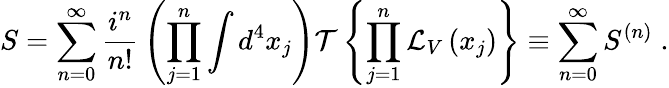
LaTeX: S=\sum_{n=0}^{\infty}{\frac{i^{n}}{n!}}\left(\prod_{j=1}^{n}\int d^{4}x_{j}\right){\mathcal{T}}\left\{ \prod_{j=1}^{n}{\mathcal{L}}_{V}\left(x_{j}\right)\right\} \equiv\sum_{n=0}^{\infty}S^{(n)}\; .